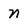
Character: n